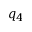
q _ { 4 }